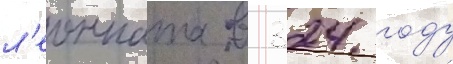
л'еонната в 324 году